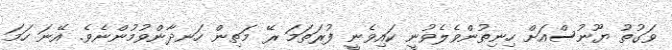
ވަގުތު ޔޫނުސްއަށް ހިނިތުންވެލެވުނީ ކައިވެނީ ފުރަތަމަ ރޭ މަތިން ހަނދާންވުމުންނެވެ. އޭނަ ހަމަ